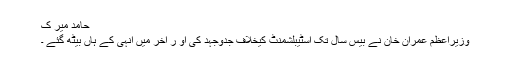
حامد میر ک
وزیراعظم عمران خان نے بیس سال تک اسٹیبلشمنٹ کیخلاف جدوجہد کی او ر آخر میں انہی کے ہاں بیٹھ گئے ۔